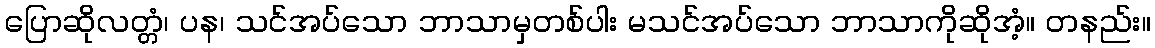
ပြောဆိုလတ္တံ၊ ပန၊ သင်အပ်သော ဘာသာမှတစ်ပါး မသင်အပ်သော ဘာသာကိုဆိုအံ့။ တနည်း။